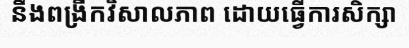
នឹងពង្រីកវិសាលភាព ដោយធ្វើការសិក្សា